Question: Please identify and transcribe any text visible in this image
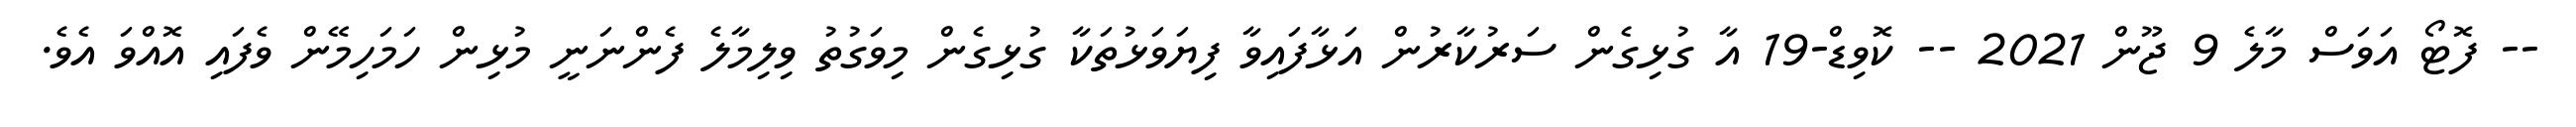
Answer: -- ފޮޓޯ އަވަސް މާލެ 9 ޖޫން 2021 -- ކޮވިޑް-19 އާ ގުޅިގެން ސަރުކާރުން އަޅާފައިވާ ފިޔަވަޅުތަކާ ގުޅިގެން މިވަގުތު ވިލިމާލެ ފެންނަނީ މުޅިން ހަމަހިމޭން ވެފައި އޮއްވަ އެވެ.